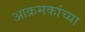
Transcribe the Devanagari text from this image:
आक्रमकांच्या